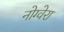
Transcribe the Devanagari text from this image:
नोग्वेरा